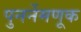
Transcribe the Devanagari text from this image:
पुनर्नेमणूक